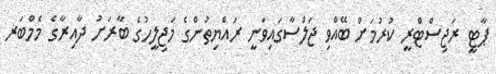
ޕާޓީ ރަޖިސްޓްރީ ކުރުމަށް ބޭއްވި ޖަލްސާގައިވަނީ ރައްޔިތުންގެ މަޖިލީހުގެ ބާރަށު ދާއިރާގެ މެމްބަރ